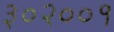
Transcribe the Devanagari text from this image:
३०२००१